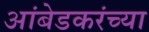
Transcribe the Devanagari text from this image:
आंबेडकरंच्या